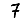
Digit: 7